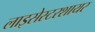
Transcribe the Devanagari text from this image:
लाइसेस्टरशायर